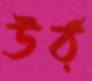
উঠ্